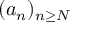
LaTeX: ( a _ { n } ) _ { n \geq N }